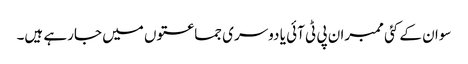
سوان کے کئی ممبران پی ٹی آئی یا دوسری جماعتوں میں جارہے ہیں۔